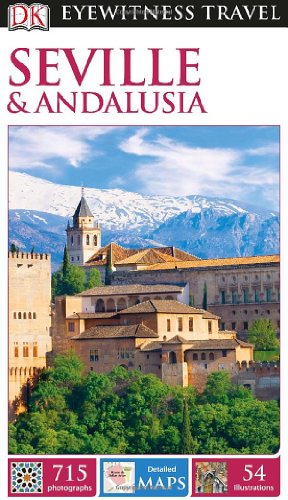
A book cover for DK Eyewitness Travel Guide: Seville & Andalusia; DK Publishing; Travel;